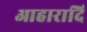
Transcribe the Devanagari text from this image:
आहारादि